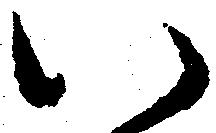
い